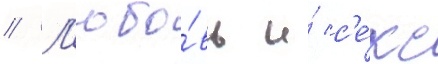
// Л'юбо́вь и́ с'е́кс